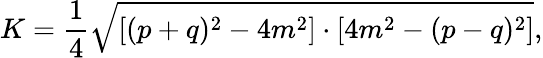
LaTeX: K={\frac{1}{4}}{\sqrt{[(p+q)^{2}-4m^{2}]\cdot[4m^{2}-(p-q)^{2}]}},